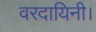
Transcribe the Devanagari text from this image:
वरदायिनी।